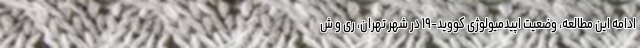
ادامه این مطالعه، وضعیت اپیدمیولوژی کووید-۱۹ در شهر تهران، ری و ش